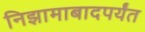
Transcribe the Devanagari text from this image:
निझामाबादपर्यंत